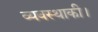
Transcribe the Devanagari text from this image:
व्यवस्थाकी।